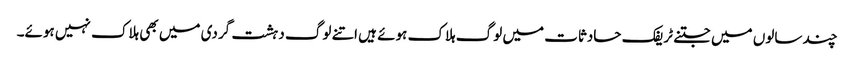
چند سالوں میں جتنے ٹریفک حادثات میں لوگ ہلاک ہوئے ہیں اتنے لوگ دہشت گردی میں بھی ہلاک نہیں ہوئے۔